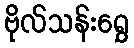
ဗိုလ်သန်းရွှေ